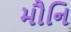
મૌનિ